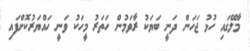
މާލޭގައި ހުޅު ޖަހަން ދަނީ ބަޔަކު ރާވަމުން ހަތަރު މީހަކު ވަނީ ހައްޔަރުކޮށްފައި